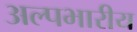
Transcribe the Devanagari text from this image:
अल्पभारीय